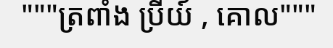
"""ត្រពាំង ប្រីយ៍ , គោល"""